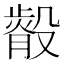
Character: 𭮿